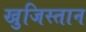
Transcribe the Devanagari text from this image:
खुजिस्तान